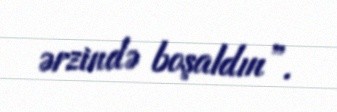
ərzində boşaldın”.